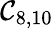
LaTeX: \mathcal{C}_{8,10}